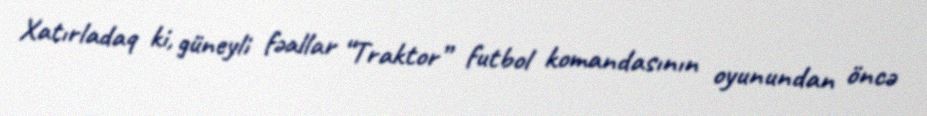
Xatırladaq ki, güneyli fəallar “Traktor” futbol komandasının oyunundan öncə